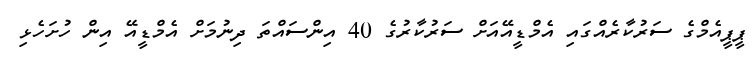
ޕީޕީއެމްގެ ސަރުކާރެއްގައި އެމްޑީއޭއަށް ސަރުކާރުގެ 40 އިންސައްތަ ދިނުމަށް އެމްޑީއޭ އިން ހުށަހެޅި